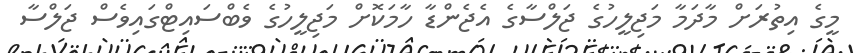
މީގެ އިތުރަށް މާދަމާ މަޖިލީހުގެ ޖަލްސާގެ އެޖެންޑާ ހާމަކޮށް މަޖިލީހުގެ ވެބްސައިޓްގައިވެސް ޖަލްސާ